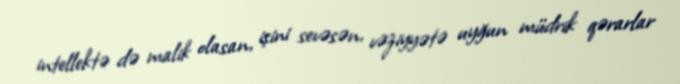
intellektə də malik olasan, işini sevəsən, vəziyyətə uyğun müdrik qərarlar